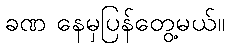
ခဏ နေမှပြန်တွေ့မယ်။